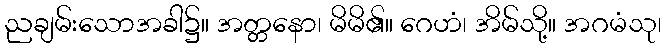
ညချမ်းသောအခါ၌။ အတ္တနော၊ မိမိ၏။ ဂေဟံ၊ အိမ်သို့။ အဂမံသု၊